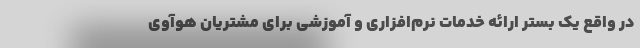
در واقع یک بستر ارائه خدمات نرم‌افزاری و آموزشی برای مشتریان هوآوی